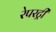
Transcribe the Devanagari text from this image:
रेपरट्री